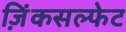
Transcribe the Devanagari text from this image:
ज़िंकसल्फेट